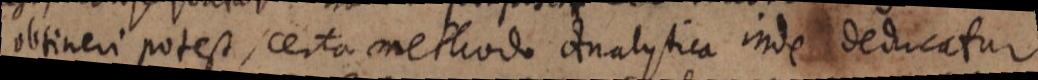
obtineri potest, certa methodo analytica inde deducatur